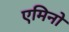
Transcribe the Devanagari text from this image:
एमिनो